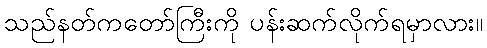
သည်နတ်ကတော်ကြီးကို ပန်းဆက်လိုက်ရမှာလား။